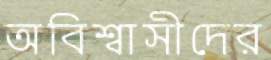
অবিশ্বাসীদের